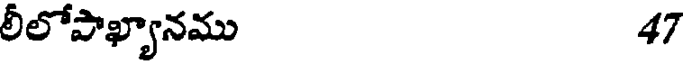
లీలోపాఖ్యానము 47